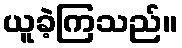
ယူခဲ့ကြသည်။